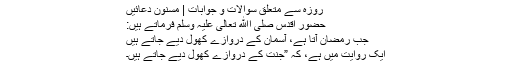
روزہ سے متعلق سوالات و جوابات | مسنون دعائیں
حضورِ اقدس صلی اﷲ تعالیٰ علیہ وسلم فرماتے ہیں:
جب رمضان آتا ہے، آسمان کے دروازے کھول دیے جاتے ہیں
ایک روایت میں ہے، کہ ”جنت کے دروازے کھول دیے جاتے ہیں۔